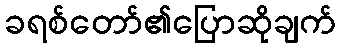
ခရစ်တော်၏ပြောဆိုချက်